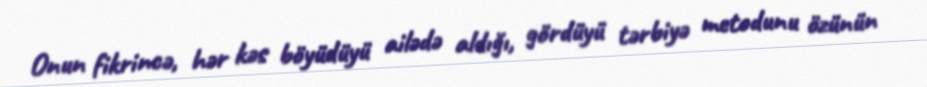
Onun fikrincə, hər kəs böyüdüyü ailədə aldığı, gördüyü tərbiyə metodunu özünün